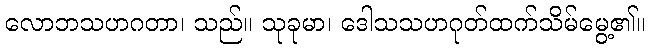
လောဘသဟဂတာ၊ သည်။ သုခုမာ၊ ဒေါသသဟဂုတ်ထက်သိမ်မွေ့၏။